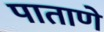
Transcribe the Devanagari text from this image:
पाताणे